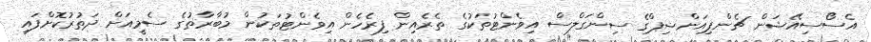
އެސޯސިއޭޝަން ޗެންޕިއަންޝިޕްގެ ސިންގަލްސް އިވެންޓުތަކުގެ ތެރެއިން ފިރެހެން އިވެންޓުތަކުން މުބާރާތުގެ ސެމީއަށް ދަތުރުކޮށްފައި